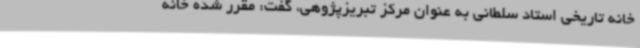
خانه تاریخی استاد سلطانی به عنوان مرکز تبریزپژوهی، گفت: مقرر شده خانه